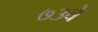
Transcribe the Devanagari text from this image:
७३वे